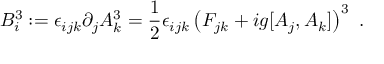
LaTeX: B _ { i } ^ { 3 } : = \epsilon _ { i j k } \partial _ { j } A _ { k } ^ { 3 } = \frac { 1 } { 2 } \epsilon _ { i j k } \left( F _ { j k } + i g [ A _ { j } , A _ { k } ] \right) ^ { 3 } \ .